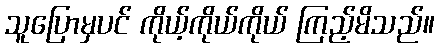
သူပြောမှပင် ကိုယ့်ကိုယ်ကိုယ် ကြည့်မိသည်။